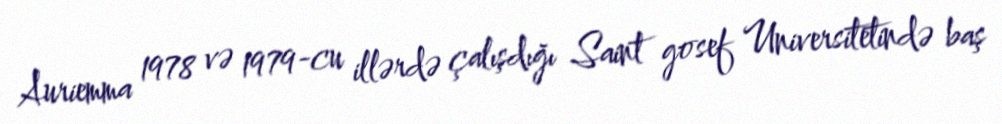
Auriemma 1978 və 1979-cu illərdə çalışdığı Saint gosef Universitetində baş